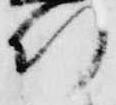
行